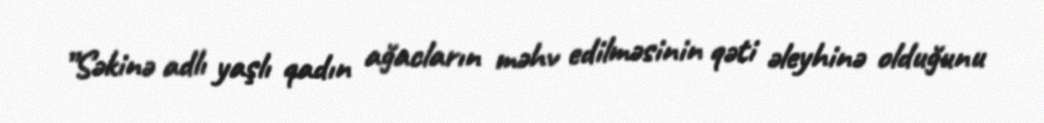
”Səkinə adlı yaşlı qadın ağacların məhv edilməsinin qəti əleyhinə olduğunu